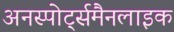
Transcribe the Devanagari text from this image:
अनस्पोर्ट्समैनलाइक